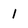
Character: 1